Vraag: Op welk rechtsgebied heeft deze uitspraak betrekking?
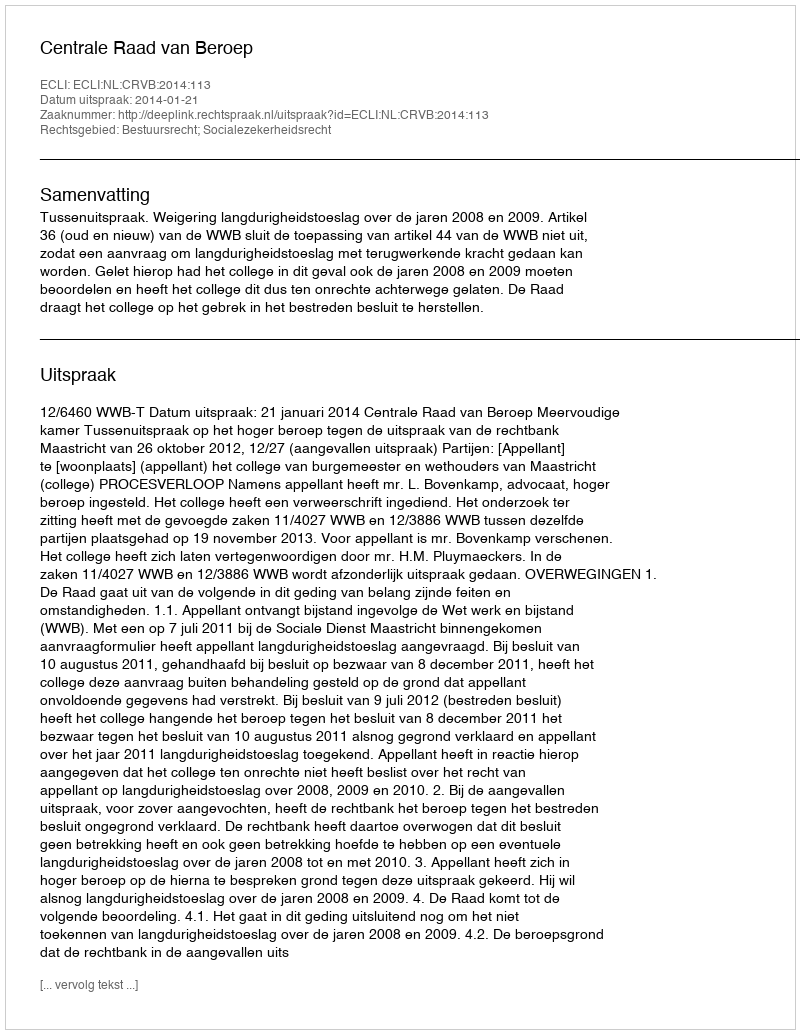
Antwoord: Bestuursrecht; Socialezekerheidsrecht